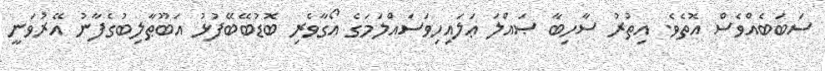
ސަބަބެއްވެސް އޮތެވެ. އިތުރު ސާހިބާ ޞައްލަ ޢަލައިހިވަސައްލަމަގެ އޯގާވެރި ބޮޑުބޭބޭފުޅު އަބޫޠާލިބުގެފާނު އޭރުވަނީ